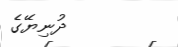
ދުނިޔޭގެ